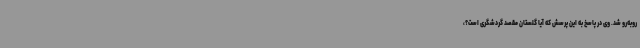
روبه‌رو شد. وی در پاسخ به این پرسش که آیا گلستان مقصد گردشگری است؟،